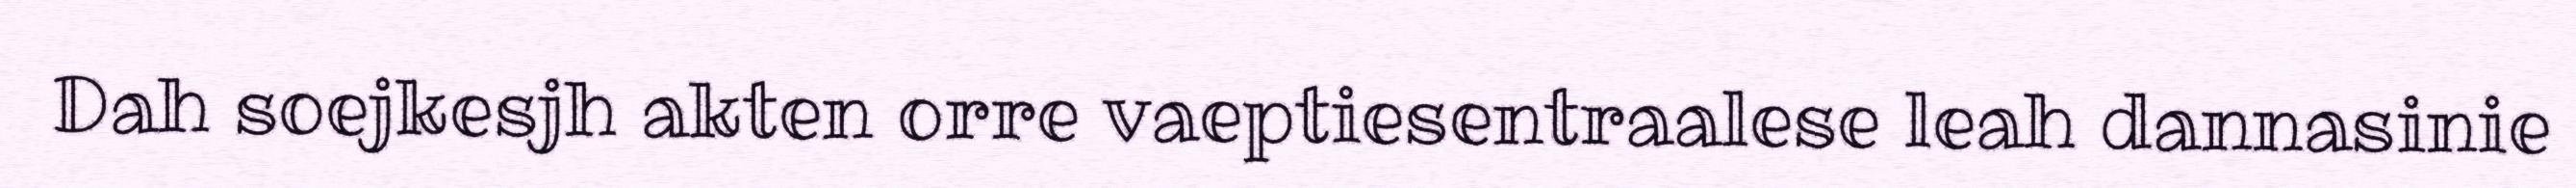
Dah soejkesjh akten orre vaeptiesentraalese leah dannasinie